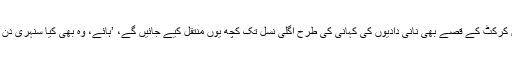
اگر حالات یہی رہے تو پاکستان انڈیا کے درمیان کرکٹ کے قصے بھی نانی دادیوں کی کہانی کی طرح اگلی نسل تک کچھ یوں منتقل کیے جائیں گے، ’ہائے، وہ بھی کیا سنہری دن تھے جب دونوں ملک کرکٹ کھیلا کرتے تھے‘۔